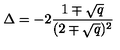
\Delta = - 2 { \frac { 1 \mp \sqrt { q } } { ( 2 \mp \sqrt { q } ) ^ { 2 } } }